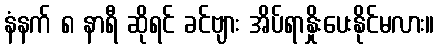
နံနက် ၈ နာရီ ဆိုရင် ခင်ဗျား အိပ်ရာနှိုးပေးနိုင်မလား။